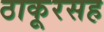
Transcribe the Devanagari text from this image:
ठाकूरसह